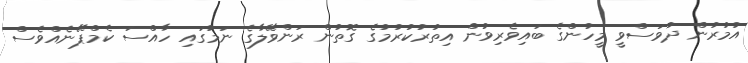
އުމުރުން ދުވަސްވީ މީހުންގެ ބައިވެރިވުން އިތުރުކުރުމުގެ ގޮތުން ރަންވޭލާގެ ނަމުގައި ހާއްސަ ކެމްޕޭނެއްވެސް